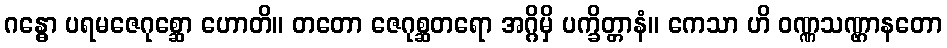
ဂန္ဓော ပရမဇေဂုစ္ဆော ဟောတိ။ တတော ဇေဂုစ္ဆတရော အဂ္ဂိမှိ ပက္ခိတ္တာနံ။ ကေသာ ဟိ ဝဏ္ဏသဏ္ဌာနတော